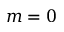
m = 0